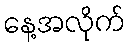
နေ့အလိုက်